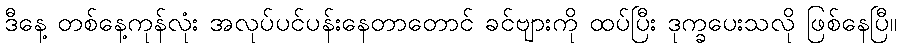
ဒီနေ့ တစ်နေ့ကုန်လုံး အလုပ်ပင်ပန်းနေတာတောင် ခင်ဗျားကို ထပ်ပြီး ဒုက္ခပေးသလို ဖြစ်နေပြီ။